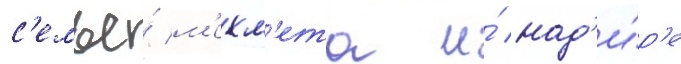
с'емье́ м'ехм'ета и́ над'и́р'е